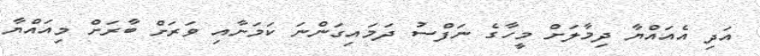
އަދި އެއައްޔާ ދިމާލަށް މީހާގެ ނަފްސު ދަމައިގަންނަ ކަމަށާއި ވަރަށް ބާރަށް މިއައްޔާ